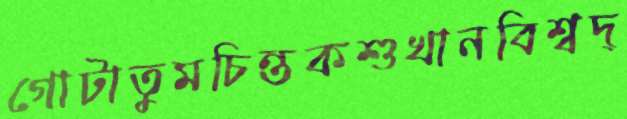
গোটাতুমচিন্তকশুখানবিশ্বদ্